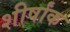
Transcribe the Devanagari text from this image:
शीर्षांक